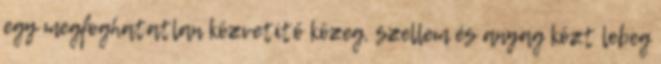
egy megfoghatatlan közvetítő közeg, szellem és anyag közt lebeg